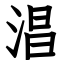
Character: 淐